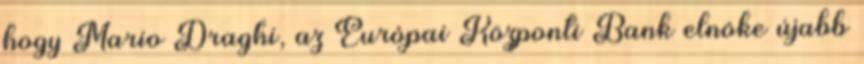
hogy Mario Draghi, az Európai Központi Bank elnöke újabb